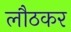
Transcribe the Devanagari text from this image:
लौठकर